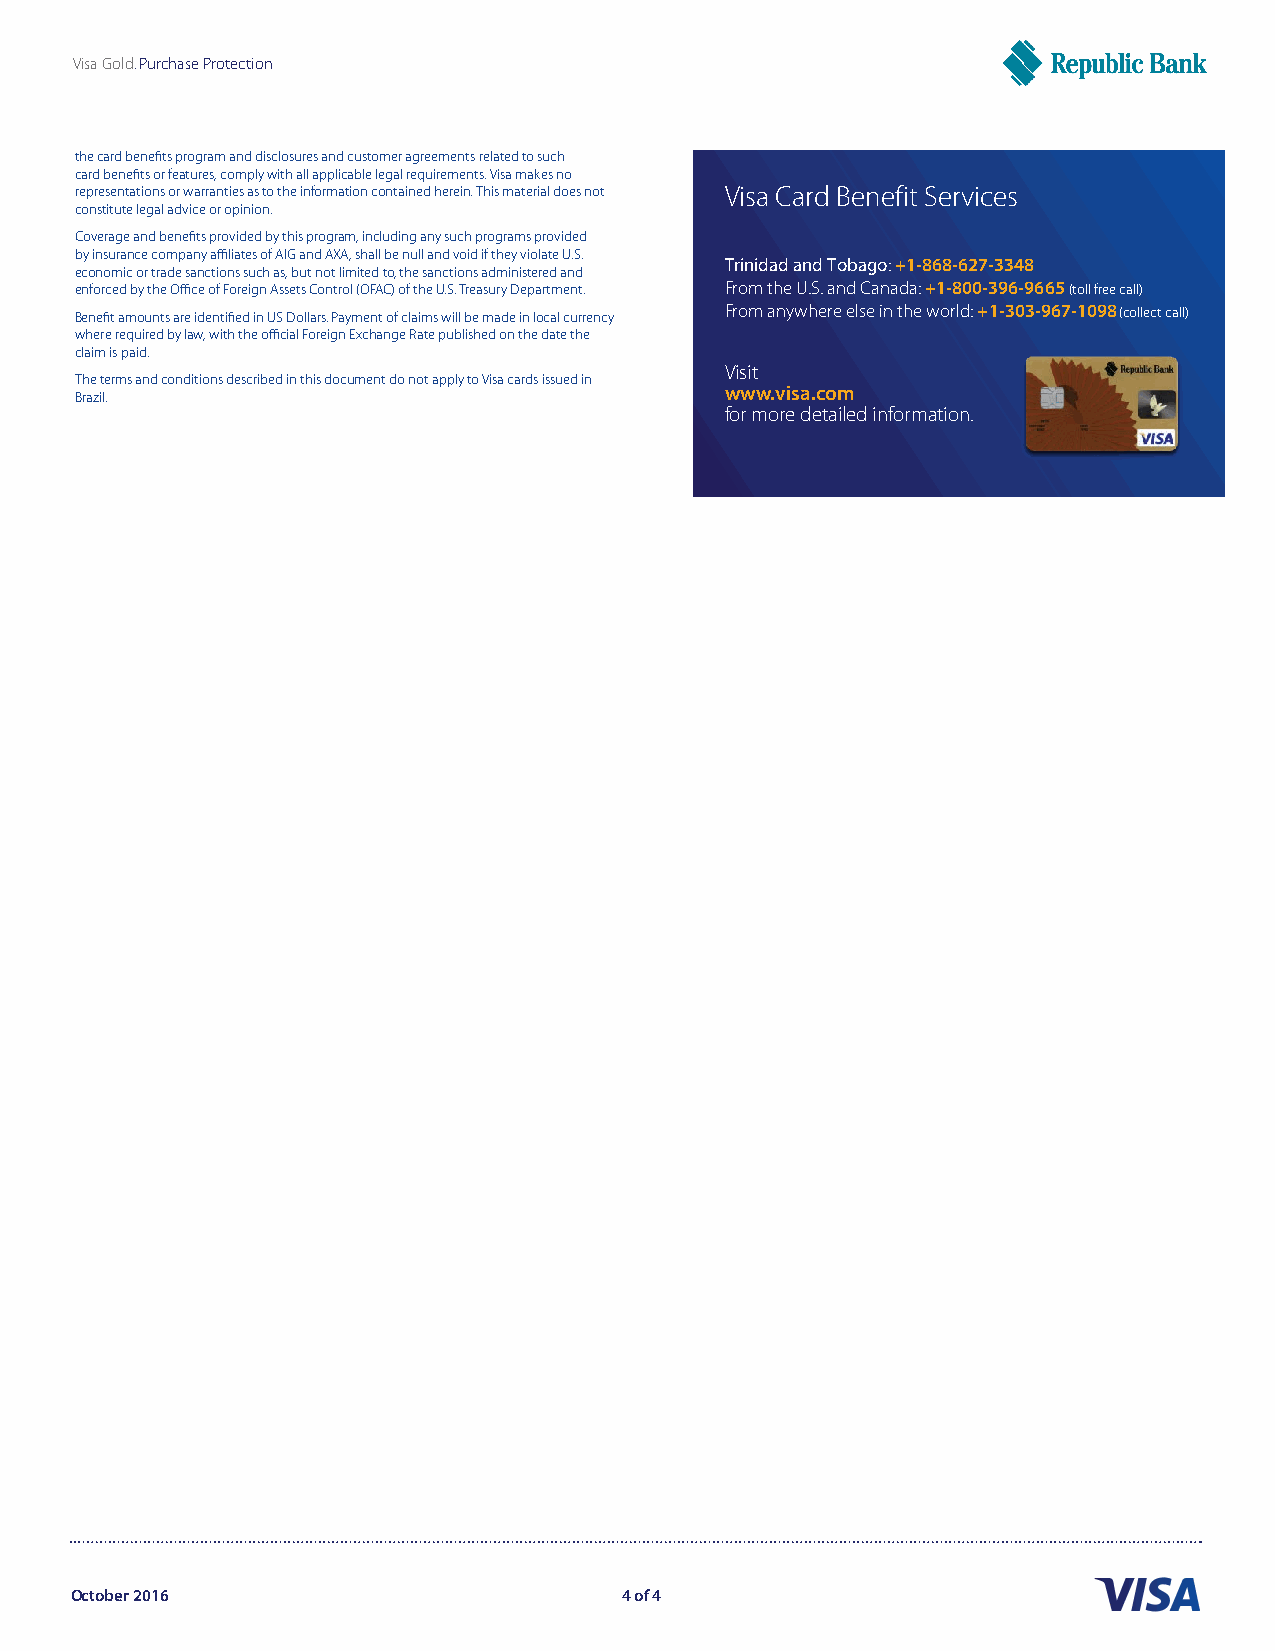
Visa Gold. Purchase Protection                                       BANK LOGO
 the card benefits program and disclosures and customer agreements related to such
 card benefits or features, comply with all applicable legal requirements. Visa makes no
 representations or warranties as to the information contained herein. This material does not Visa Card Benefit Services
 constitute legal advice or opinion.
 Coverage and benefits provided by this program, including any such programs provided
 by insurance company affiliates of AIG and AXA, shall be null and void if they violate U.S.
 Trinidad and Tobago: +1-868-627-3348
 economic or trade sanctions such as, but not limited to, the sanctions administered and
 enforced by the Office of Foreign Assets Control (OFAC) of the U.S. Treasury Department. From the U.S. and Canada: +1-800-396-9665 (toll free call)
 Benefit amounts are identified in US Dollars. Payment of claims will be made in local currency From anywhere else in the world: +1-303-967-1098 (collect call)
 where required by law, with the official Foreign Exchange Rate published on the date the
 claim is paid.
 Visit
 The terms and conditions described in this document do not apply to Visa cards issued in
 Brazil.                                    www.visa.com
 for more detailed information.
 October 2016                        4 of 4